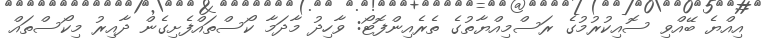
އިއްޔެ ބޭއްވި ސޮއިކުރުމުގެ ރަސްމިއްޔާތުގެ ތެރެއިންފޮޓޯ: ވާހިދު މާދަމާ ކޯސްތައްފެށިގެން ދާއިރު މިކޯސްތައް